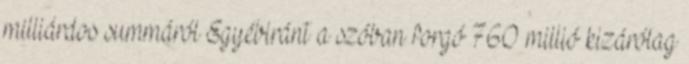
milliárdos summáról Egyébiránt a szóban forgó 760 millió kizárólag